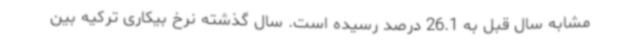
مشابه سال قبل به 26.1 درصد رسیده است. سال گذشته نرخ بیکاری ترکیه بین